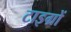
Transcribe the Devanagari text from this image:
टाइग्रों